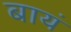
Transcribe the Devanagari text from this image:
बायं